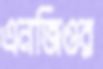
এনজিওর